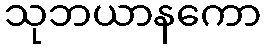
သုဘယာနကော